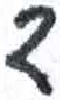
אות: ד